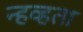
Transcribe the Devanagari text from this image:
न्हव्हता